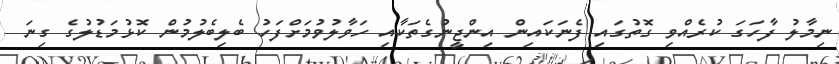
ނިމާލު ފާހަގަ ކުރެއްވި ގޮތުގައި ފެނަކައިން އިންޖީނުގެތަކާއި ހަވާލުވުމަށްފަހު ބެލިބެލުމުން ކޮޅުމަޑުލުގެ ގިނަ